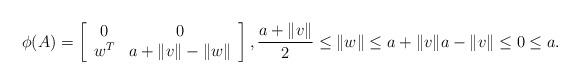
LaTeX: \begin{align*}\phi(A) = \left[ \begin{array}{cc} 0 & 0 \\ w^T & a + \|v\| - \|w\| \end{array} \right], \frac{a + \|v\|}{2} \leq \|w\| \leq a + \|v\| a - \|v\| \leq 0 \leq a.\end{align*}